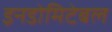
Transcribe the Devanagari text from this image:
इनडोमिटेबल